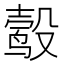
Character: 𬆮